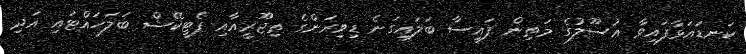
ކަނޑައަޅާފައިވާ ޢުސޫލުގެ މަތިން ފައިސާ ބަލައިގަނެ ޑިވިރަންގެ ތިޖޫރީއާއި ޕެޓީކޭޝް ބަލަހައްޓައި އަދި